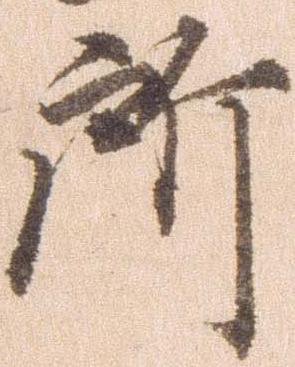
所